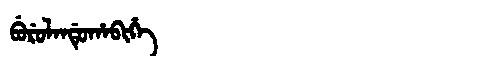
Manchu: ᠪᡠᡵᡠᠯᠠᠨᡩᡠᡥᠠᠪᡳᡥᡝ
Romanization: BURULANDUHABIHE